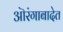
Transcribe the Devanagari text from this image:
ऒरंगाबादेत